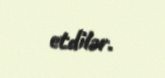
etdilər.